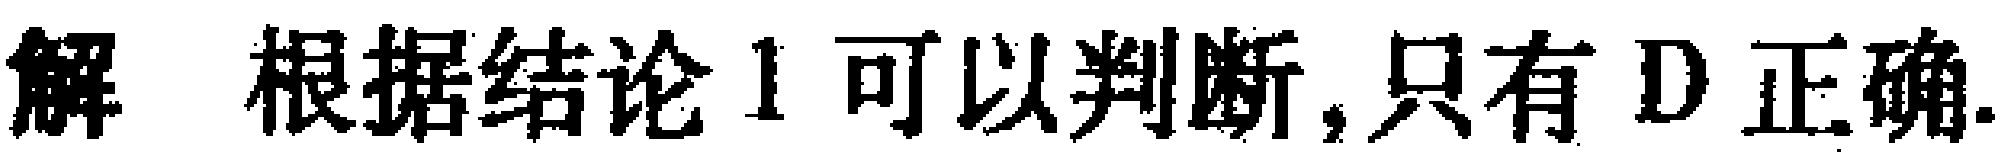
解 根据结论1可以判断,只有D正确.